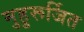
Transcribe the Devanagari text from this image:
मुहुरूर्जित